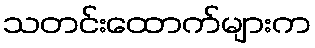
သတင်းထောက်များက